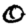
Digit: 0